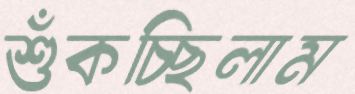
শুঁকচ্ছিলাম